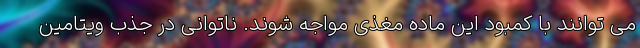
می توانند با کمبود این ماده مغذی مواجه شوند. ناتوانی در جذب ویتامین